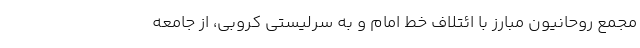
مجمع روحانیون مبارز با ائتلاف خط امام و به سرلیستی کروبی، از جامعه